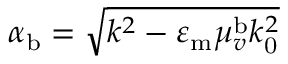
\alpha _ { \mathrm { b } } = \sqrt { k ^ { 2 } - \varepsilon _ { \mathrm { m } } \mu _ { v } ^ { \mathrm { b } } k _ { \mathrm { 0 } } ^ { 2 } }